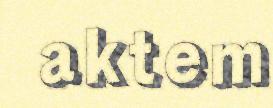
aktem